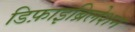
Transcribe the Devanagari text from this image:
डिफ़ाइब्रिलेशन